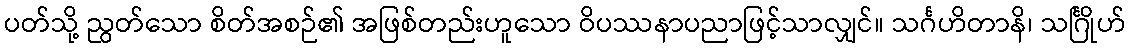
ပတ်သို့ ညွတ်သော စိတ်အစဉ်၏ အဖြစ်တည်းဟူသော ဝိပဿနာပညာဖြင့်သာလျှင်။ သင်္ဂဟိတာနိ၊ သင်္ဂြိုဟ်